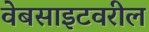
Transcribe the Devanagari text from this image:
वेबसाइटवरील